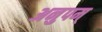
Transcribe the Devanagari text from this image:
अनुपम्